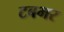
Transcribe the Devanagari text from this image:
टबभर